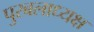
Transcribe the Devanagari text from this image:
पुरबलाध्यक्ष